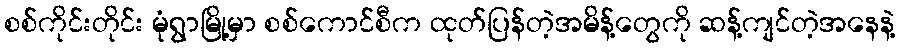
စစ်ကိုင်းတိုင်း မုံရွာမြို့မှာ စစ်ကောင်စီက ထုတ်ပြန်တဲ့အမိန့်တွေကို ဆန့်ကျင်တဲ့အနေနဲ့